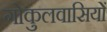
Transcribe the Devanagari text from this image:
गोकुलवासियों